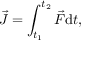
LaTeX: { \vec { J } } = \int _ { t _ { 1 } } ^ { t _ { 2 } } { { \vec { F } } \mathrm { d } t } ,